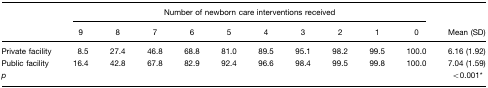
| <ROWSPAN=2>  | <COLSPAN=10> Number of newborn care interventions received | <ROWSPAN=2>  |
 |  | 9 | 8 | 7 | 6 | 5 | 4 | 3 | 2 | 1 | 0 | Mean (SD) |
 | --- | --- | --- | --- | --- | --- | --- | --- | --- | --- | --- | --- |
 | Private facility | 8.5 | 27.4 | 46.8 | 68.8 | 81.0 | 89.5 | 95.1 | 98.2 | 99.5 | 100.0 | 6.16 (1.92) |
 | Public facility | 16.4 | 42.8 | 67.8 | 82.9 | 92.4 | 96.6 | 98.4 | 99.5 | 99.8 | 100.0 | 7.04 (1.59) |
 | p |  |  |  |  |  |  |  |  |  |  | <0.001* |